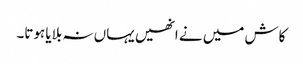
کاش میں نے انھیں یہاں نہ بلایا ہوتا۔